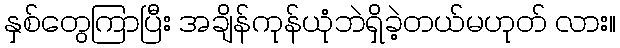
နှစ်တွေကြာပြီး အချိန်ကုန်ယုံဘဲရှိခဲ့တယ်မဟုတ် လား။